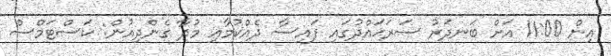
އިން 11:00 އަށް ބަނދަރު ސަރަޙައްދުގައި ފައިސާ ދެއްކުމާއި މުދާ ގެންދިއުން: ކަސްޓަމްސް